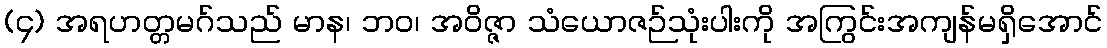
(၄) အရဟတ္တမဂ်သည် မာန၊ ဘဝ၊ အဝိဇ္ဇာ သံယောဇဉ်သုံးပါးကို အကြွင်းအကျန်မရှိအောင်